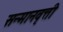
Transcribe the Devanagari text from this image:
सन्मानवृत्ती